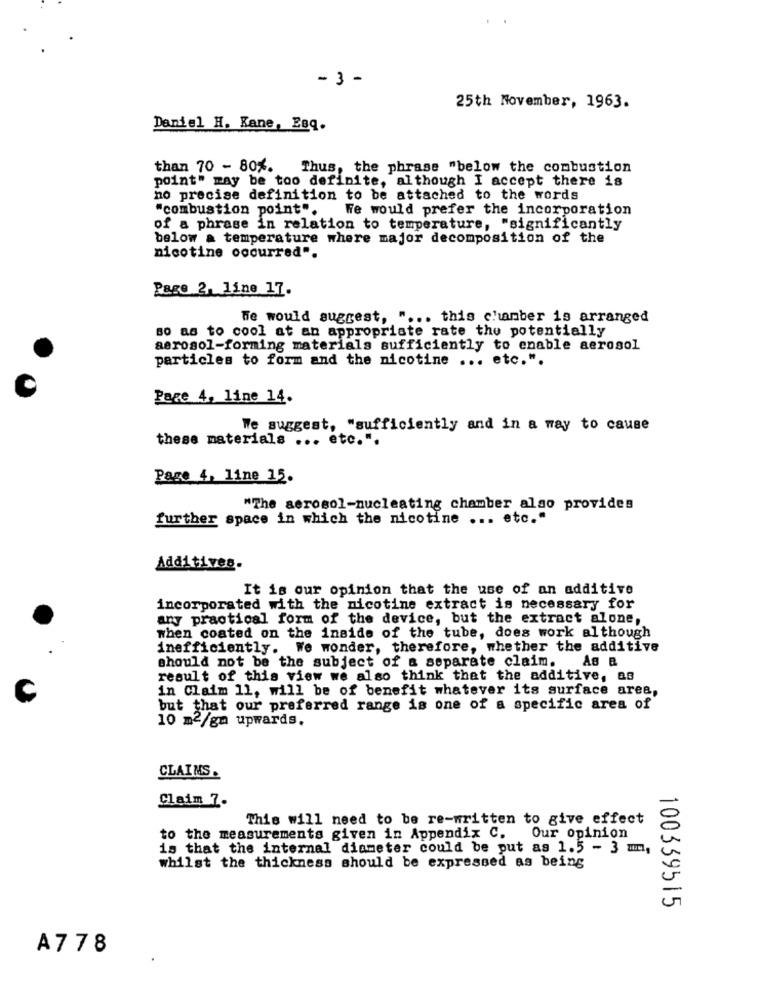
..
- 3 -
25th November, 1963.
Daniel H. Kane, Esq.
than 70 - 80%.
Thus, the phrase "below the combustion
point" may be too definite, although I accept there is
no precise definition to be attached to the words
"combustion point".
We would prefer the incorporation
of a phrase in relation to temperature, "significantly
below a temperature where major decomposition of the
nicotine occurred".
Page 2, line 17.
We would suggest, " ... this chamber is arranged
so as to cool at an appropriate rate the potentially
aerosol-forming materials sufficiently to enable aerosol
particles to form and the nicotine ... etc.".
Pare 4, line 14.
We suggest, "sufficiently and in a way to cause
these materials ... etc.".
Page 4, line 15.
"The aerosol-nucleating chamber also provides
further space in which the nicotine ... etc."
Additives.
It is our opinion that the use of an additive
incorporated with the nicotine extract is necessary for
any practical form of the device, but the extract alone,
when coated on the inside of the tube, does work although
inefficiently. We wonder, therefore, whether the additive
should not be the subject of a separate claim.
result of this view we also think that the additive, as
in Claim 11, will be of benefit whatever its surface area,
C
but that our preferred range is one of a specific area of
10 m2/gm upwards.
CLAIMS.
Claim 7-
This will need to be re-written to give effect
to the measurements given in Appendix C. Our opinion
is that the internal diameter could be put as 1.5 - 3 mm,
whilst the thickness should be expressed as being
100339515
A778